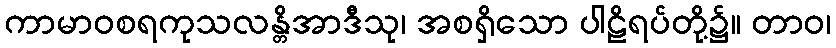
ကာမာဝစရကုသလန္တိအာဒီသု၊ အစရှိသော ပါဠိရပ်တို့၌။ တာဝ၊